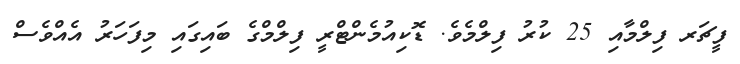
ފީޗަރ ފިލްމާއި 25 ކުރު ފިލްމެވެ. ޑޮކިއުމެންޓްރީ ފިލްމްގެ ބައިގައި މިފަހަރު އެއްވެސް